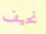
نحيف